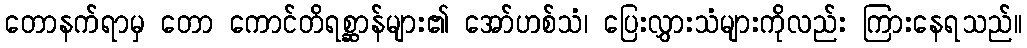
တောနက်ရာမှ တော ကောင်တိရစ္ဆာန်များ၏ အော်ဟစ်သံ၊ ပြေးလွှားသံများကိုလည်း ကြားနေရသည်။